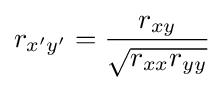
r_{x'y'}={\frac {r_{xy}}{\sqrt {r_{xx}r_{yy}}}}